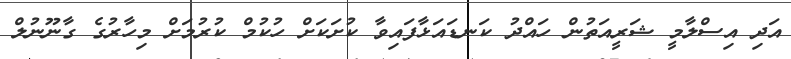
އަދި އިސްލާމީ ޝަރީއަތުން ހައްދު ކަނޑައަޅާފައިވާ ކުށަކަށް ހުކުމް ކުރުމަށް މިހާރުގެ ގާނޫނުލް